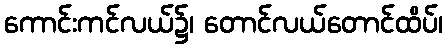
ကောင်းကင်လယ်၌၊ တောင်လယ်တောင်ထိပ်၊